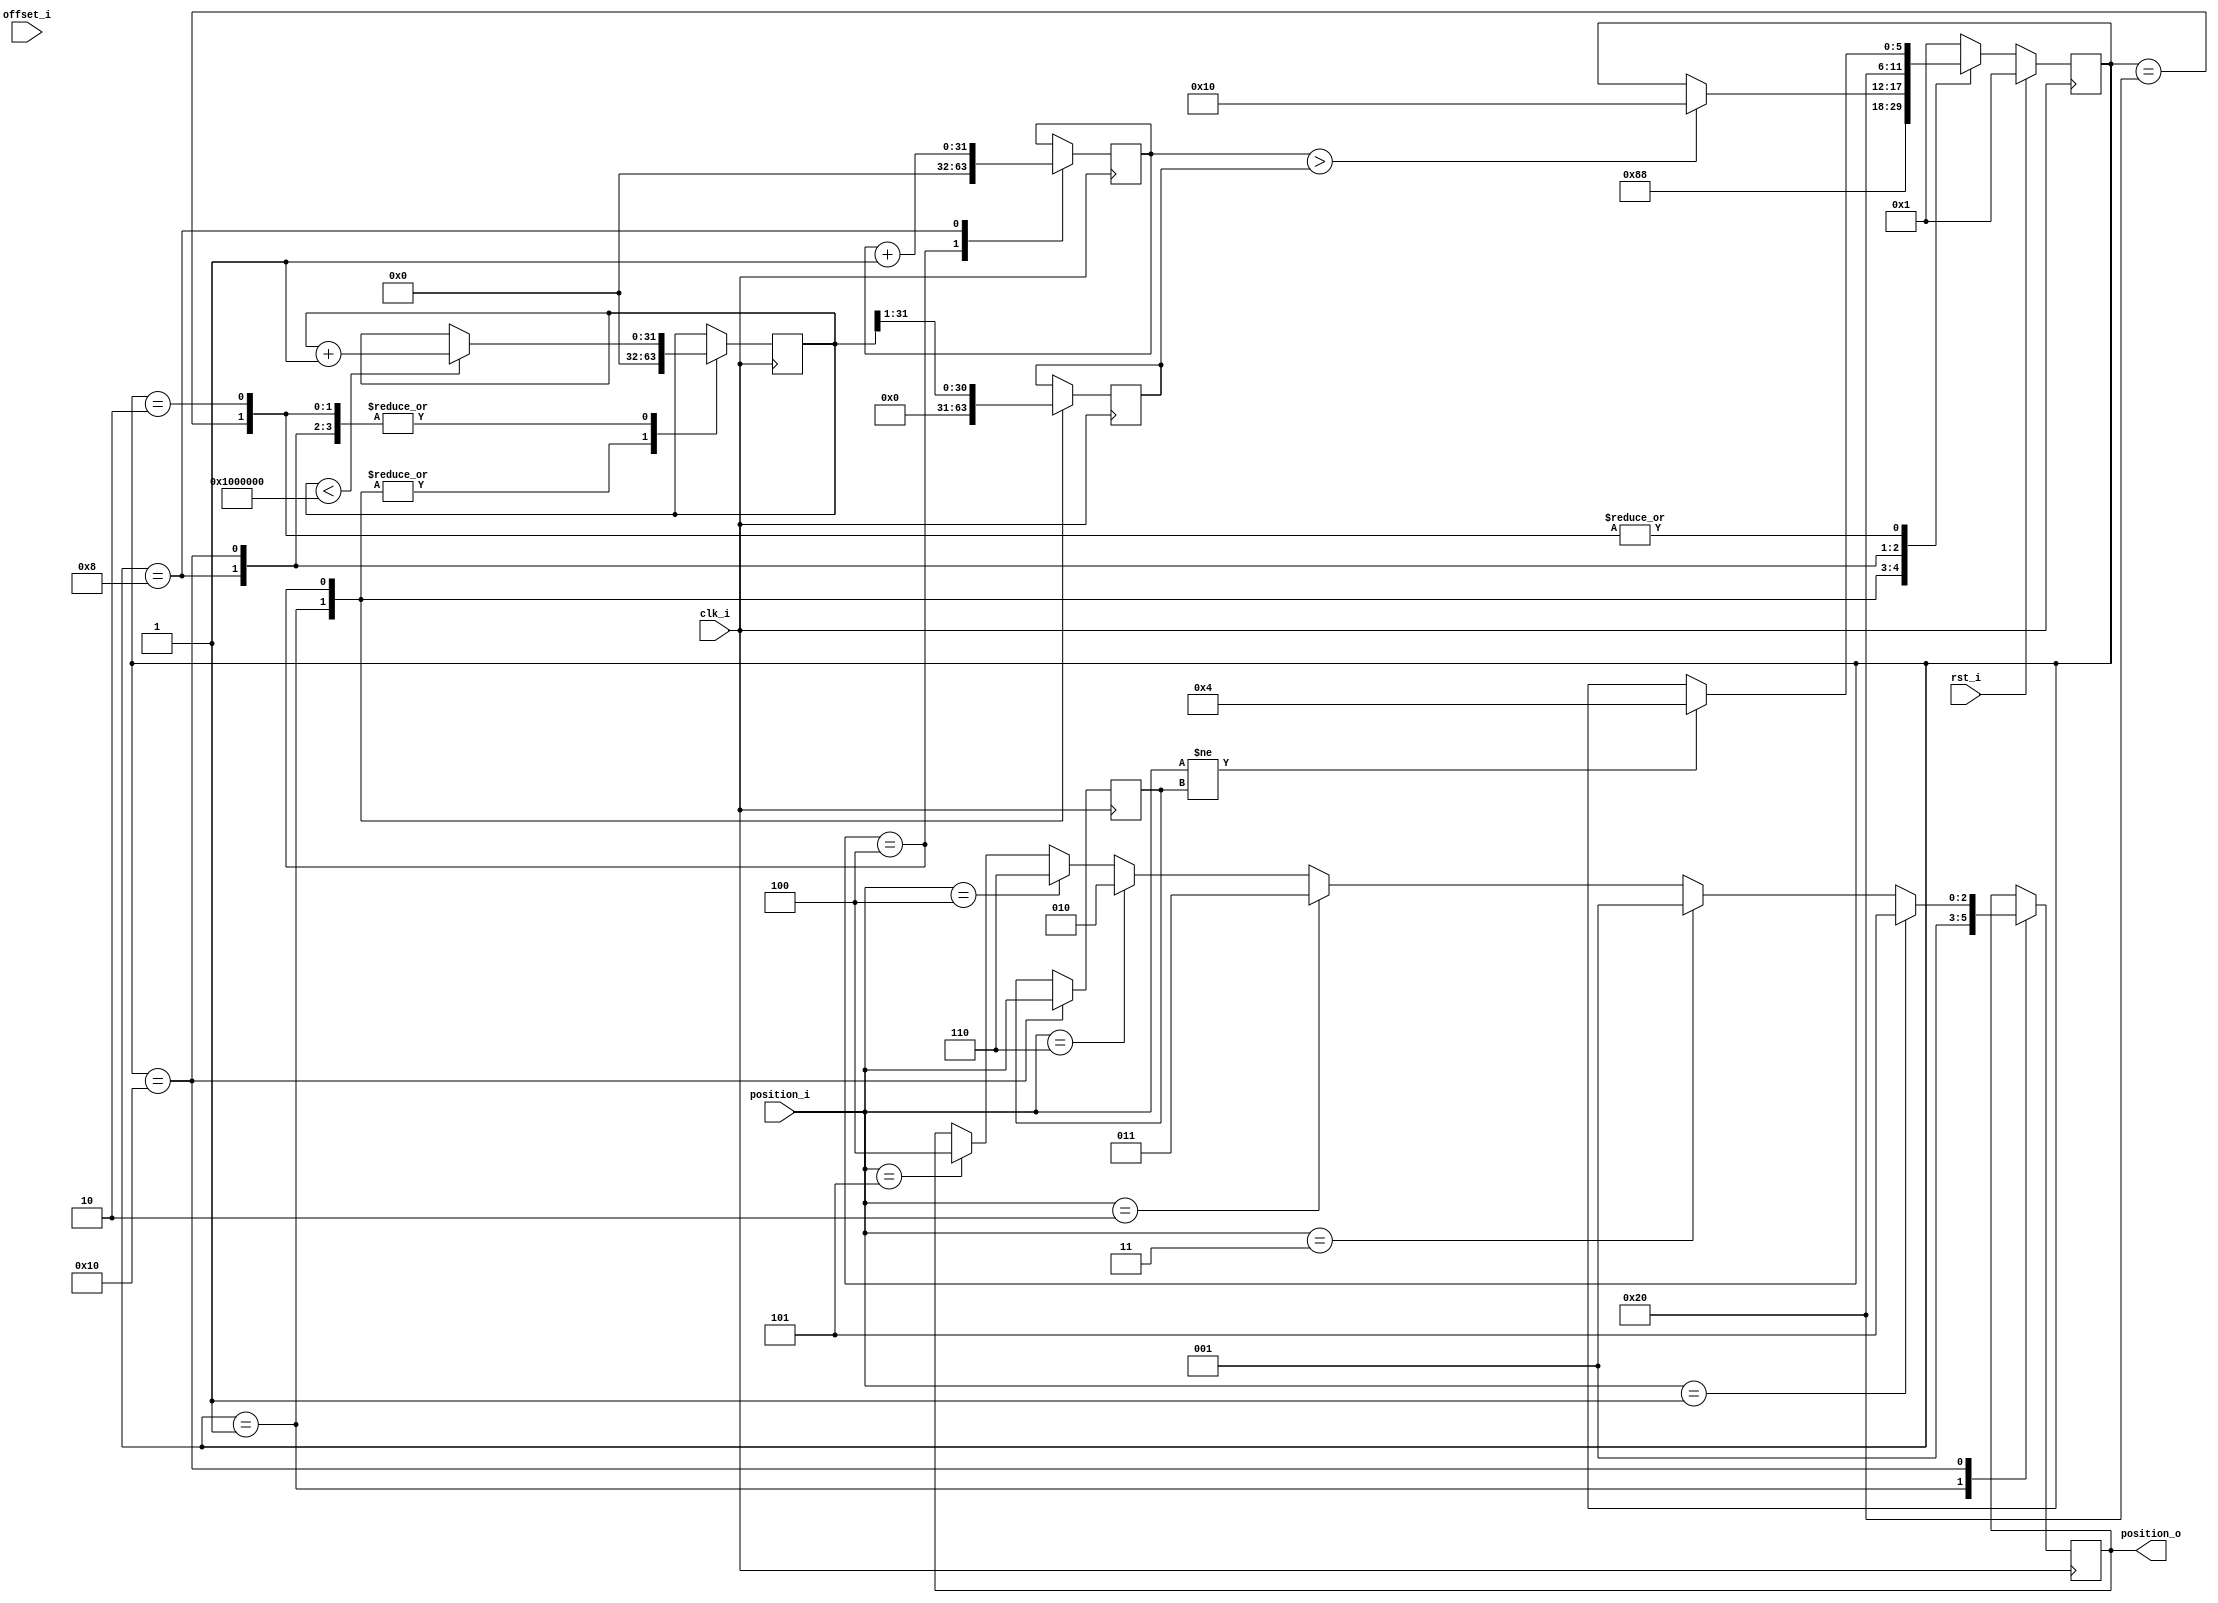
module delay_30_degrees
(
    input               clk_i,
    input               rst_i,
    input       [31:0]  offset_i,   
    input       [2:0]   position_i, 
    output reg  [2:0]   position_o  
);
localparam MAX_SPEED_COUNT  = 32'h1000000;
localparam RESET            = 6'b000001;
localparam INIT             = 6'b000010;
localparam CHANGE_POSITION  = 6'b000100;
localparam DELAY_30_DEGREES = 6'b001000;
localparam APPLY_CHANGE     = 6'b010000;
localparam IDLE             = 6'b100000;
reg [5:0]   state         = RESET;  
reg [5:0]   next_state    = RESET;  
reg [2:0]   position_old  = 3'h0;   
reg [31:0]  speed_count   = 32'h0;  
reg [31:0]  speed_divider = 32'h0;  
reg [31:0]  delay_count   = 32'h0;  
always @*
begin
    next_state = state;
    case (state)
        RESET:
        begin
            next_state = INIT;
        end
        INIT:
        begin
            if (position_i != position_old)
            begin
                next_state = CHANGE_POSITION;
            end
        end
        CHANGE_POSITION:
        begin
            next_state = DELAY_30_DEGREES;
        end
        DELAY_30_DEGREES:
        begin
            if( delay_count >  speed_divider)
            begin
                next_state          = APPLY_CHANGE;
            end
        end
        APPLY_CHANGE:
        begin
            next_state          = IDLE;
        end
        IDLE:
        begin
            if (position_i != position_old)
            begin
                next_state = CHANGE_POSITION;
            end
        end
        default:
        begin
            next_state = RESET;
        end
    endcase
end
always @(posedge clk_i)
begin
    case(state)
        RESET:
        begin
            speed_count     <= 0;
            speed_divider   <= 0;
            position_o      <= 3'b1;
        end
        INIT:
        begin
            if (speed_count < MAX_SPEED_COUNT)
            begin
                speed_count <= speed_count + 1;
            end
        end
        CHANGE_POSITION:
        begin
            speed_divider   <= speed_count >> 1 ;
            speed_count     <= 0;
            delay_count     <= 0;
        end
        DELAY_30_DEGREES:
        begin
            if (speed_count < MAX_SPEED_COUNT)
            begin
                speed_count <= speed_count + 1;
            end
            delay_count <= delay_count + 1;
        end
        APPLY_CHANGE:
        begin
            if (position_i == 3'b101)
            begin
                position_o <= 100;
            end 
            if (position_i == 3'b100)
            begin
                position_o <= 110;
            end 
            if (position_i == 3'b110)
            begin
                position_o <= 010;
            end 
            if (position_i == 3'b010)
            begin
                position_o <= 011;
            end 
            if (position_i == 3'b011)
            begin
                position_o <= 001;
            end 
            if (position_i == 3'b001)
            begin
                position_o <= 101;
            end 
            position_old    <= position_i;
            if (speed_count < MAX_SPEED_COUNT)
            begin
                speed_count <= speed_count + 1;
            end
        end
        IDLE:
        begin
            if (speed_count < MAX_SPEED_COUNT)
            begin
                speed_count <= speed_count + 1;
            end
        end
    endcase
end
always @ (posedge clk_i)
begin
    if(rst_i == 1'b1)
    begin
        state <= RESET;
    end
    else
    begin
        state <= next_state;
    end
end
endmodule